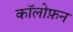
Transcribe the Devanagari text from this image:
कॉलोफ़न